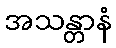
အသန္တာနံ